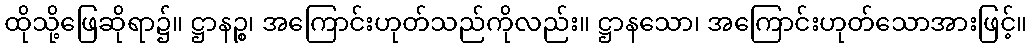
ထိုသို့ဖြေဆိုရာ၌။ ဋ္ဌာနဉ္စ၊ အကြောင်းဟုတ်သည်ကိုလည်း။ ဋ္ဌာနသော၊ အကြောင်းဟုတ်သောအားဖြင့်။